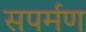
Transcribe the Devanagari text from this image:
सपर्मण